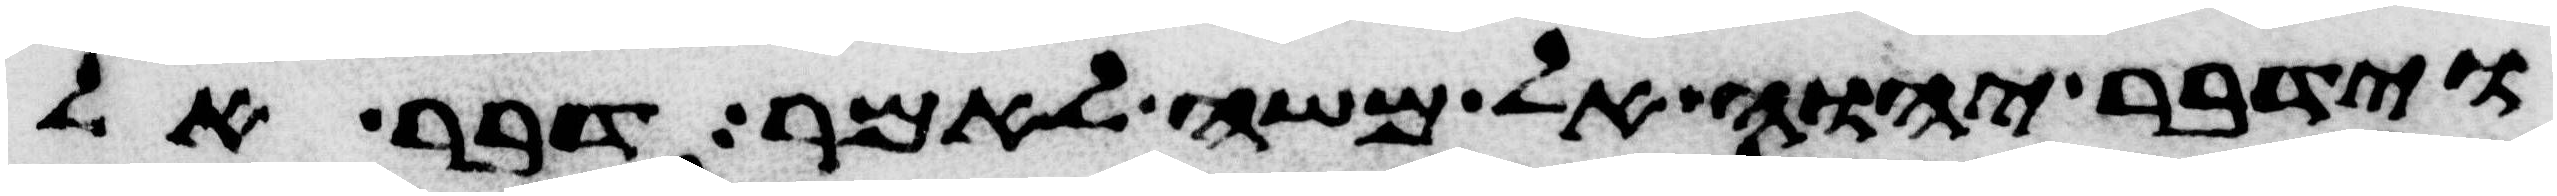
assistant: וידבר יהוה אל משה לאמר דבר אל